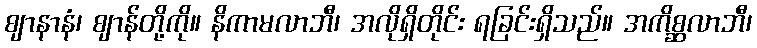
ဈာနာနံ၊ ဈာန်တို့ကို။ နိကာမလာဘီ၊ အလိုရှိတိုင်း ရခြင်းရှိသည်။ အကိစ္ဆလာဘီ၊